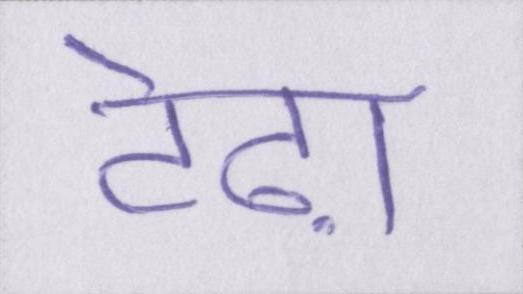
टेढ़ा